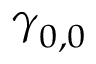
{ \boldsymbol \gamma } _ { 0 , 0 }